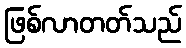
ဖြစ်လာတတ်သည်